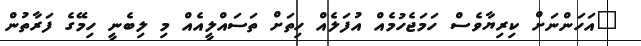
"އަހަންނަށް ކިރިޔާވެސް ހަމަޖެހުމެއް އުފަލެއް ހިތަށް ތަސައްލީއެއް މި ލިބެނީ ހިމޭގެ ފަރާތުން